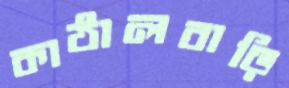
কাঠালবাড়ি